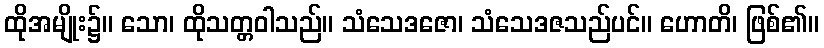
ထိုအမျိုး၌။ သော၊ ထိုသတ္တဝါသည်။ သံသေဒဇော၊ သံသေဒဇသည်ပင်။ ဟောတိ၊ ဖြစ်၏။